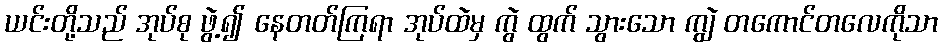
ယင်းတို့သည် အုပ်စု ဖွဲ့၍ နေတတ်ကြရာ အုပ်ထဲမှ ကွဲ ထွက် သွားသော ကျွဲ တကောင်တလေကိုသာ